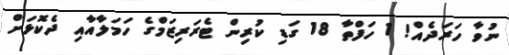
ނުވާ ހަރަދެއް! 1 ހަފްތާ 18 ގަޑި ކުރިން ޓެރަރިޒަމްގެ ހަމަލާއާއި ދެކޮޅަށް